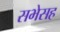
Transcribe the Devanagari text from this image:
सभेसह